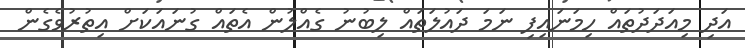
އަދި މިއަދަދުތައް ހިމަނައިފި ނަމަ ދައުލަތައް ލިބުނު ގެއްލުން އެތައް ގުނައަކަށް އިތުރުވެގެން